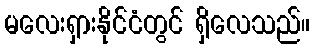
မလေးရှားနိုင်ငံတွင် ရှိလေသည်။